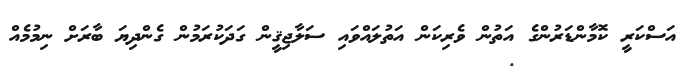
އަސްކަރީ ކޮމާންޑަރުންގެ އަތުން ވެރިކަން އަތުލައްވައި ސަލާޖިޤީން ގަދަކުރަމުން ގެންދިޔަ ބާރަށް ނިމުމެއް